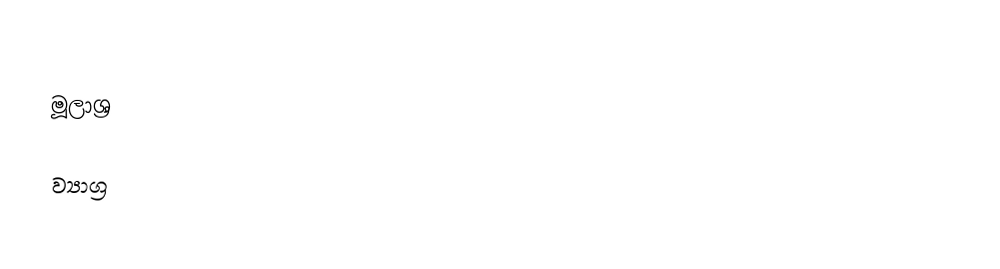

මූලාශ්‍ර

ව්‍යාග්‍ර